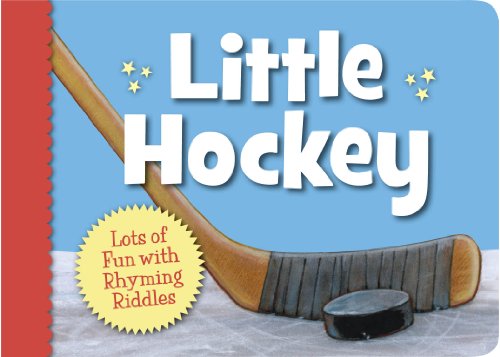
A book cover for Little Hockey (Little Sports); Matt Napier; Children's Books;